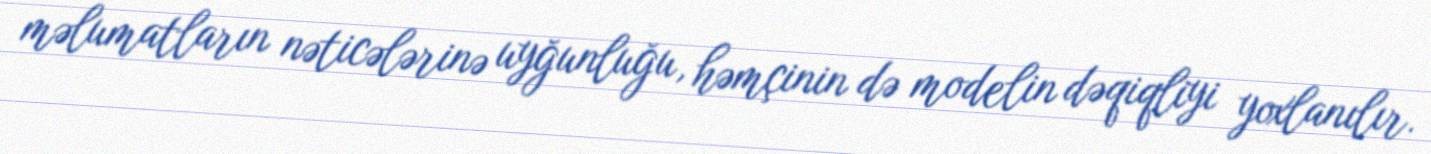
məlumatların nəticələrinə uyğunluğu, həmçinin də modelin dəqiqliyi yoxlanılır.